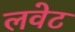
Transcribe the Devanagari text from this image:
लवेट